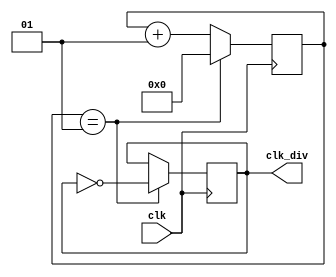
/* source file for a clock divider
 in file clock_divider.v
 designed by: Daniel Proao
              Pedro Faria
 */

`timescale 1ns / 1ps

// Counter based
module clock_divider(
       input wire clk, // 100 MHz
       output reg clk_div = 0 // 25 MHz
		     );

   localparam div_value = 1;
   // division_value = 100MHZ/(2*desired Frequency) -1

   integer    counter_value = 0;

   // counter
   always@ (posedge clk) begin
      if (counter_value == div_value)
	counter_value <= 0;
      else
	counter_value <= counter_value + 1;
      
   end

   // divide clock
   always@ (posedge clk) begin
      if (counter_value == div_value)
	clk_div <= ~clk_div;
      else
	clk_div <= clk_div;
      
   end
   
   


endmodule // clock_divider